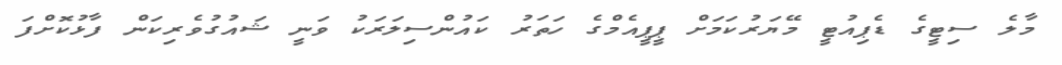
މާލެ ސިޓީގެ ޑެޕިއުޓީ މޭޔަރުކަމަށް ޕީޕީއެމްގެ ހަތަރު ކައުންސިލަރަކު ވަނީ ޝައުގުވެރިކަން ފާޅުކޮށްފަ